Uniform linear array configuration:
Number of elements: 32
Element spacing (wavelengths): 0.75
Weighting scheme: uniform
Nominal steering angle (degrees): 45
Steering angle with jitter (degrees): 46.155
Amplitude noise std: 0.05
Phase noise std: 0.05

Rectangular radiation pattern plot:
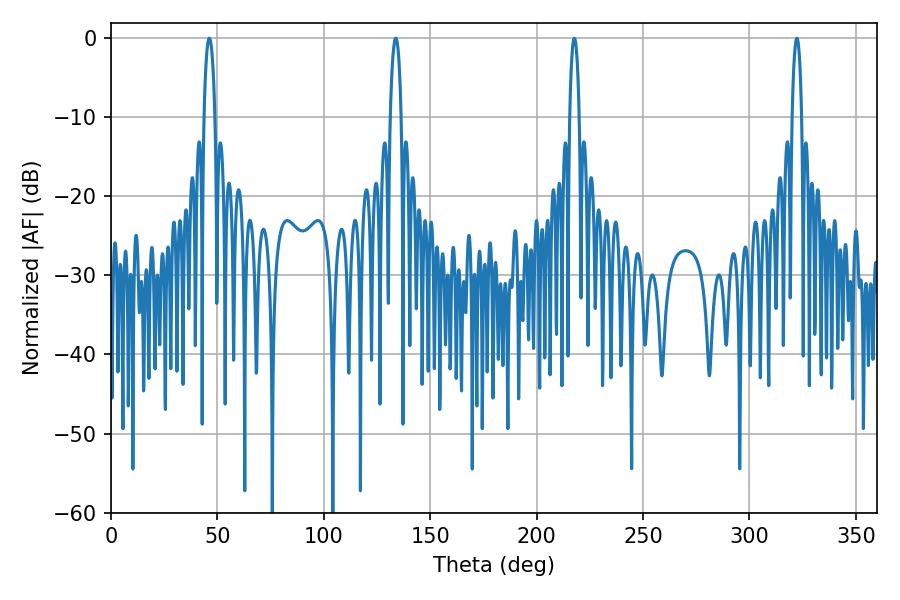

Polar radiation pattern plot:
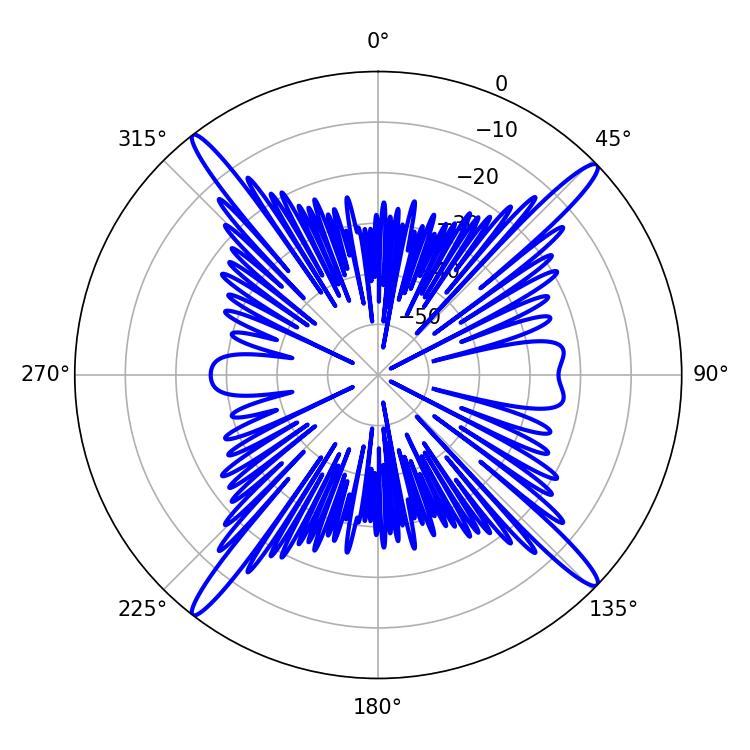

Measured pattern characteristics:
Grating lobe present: TRUE
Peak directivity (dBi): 19.31
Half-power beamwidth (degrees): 2.88
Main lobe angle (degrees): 46.26